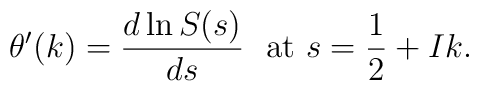
\theta'(k)=\frac{d\ln S(s)}{ds}~~\mbox{at}~s=\frac{1}{2}+Ik.